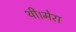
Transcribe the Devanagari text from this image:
थी।मेरा